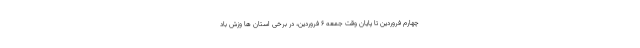
چهارم فروردین تا پایان وقت جمعه ۶ فروردین، در برخی استان ها وزش باد